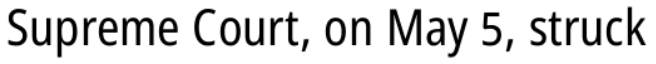
Supreme Court, on May 5, struck